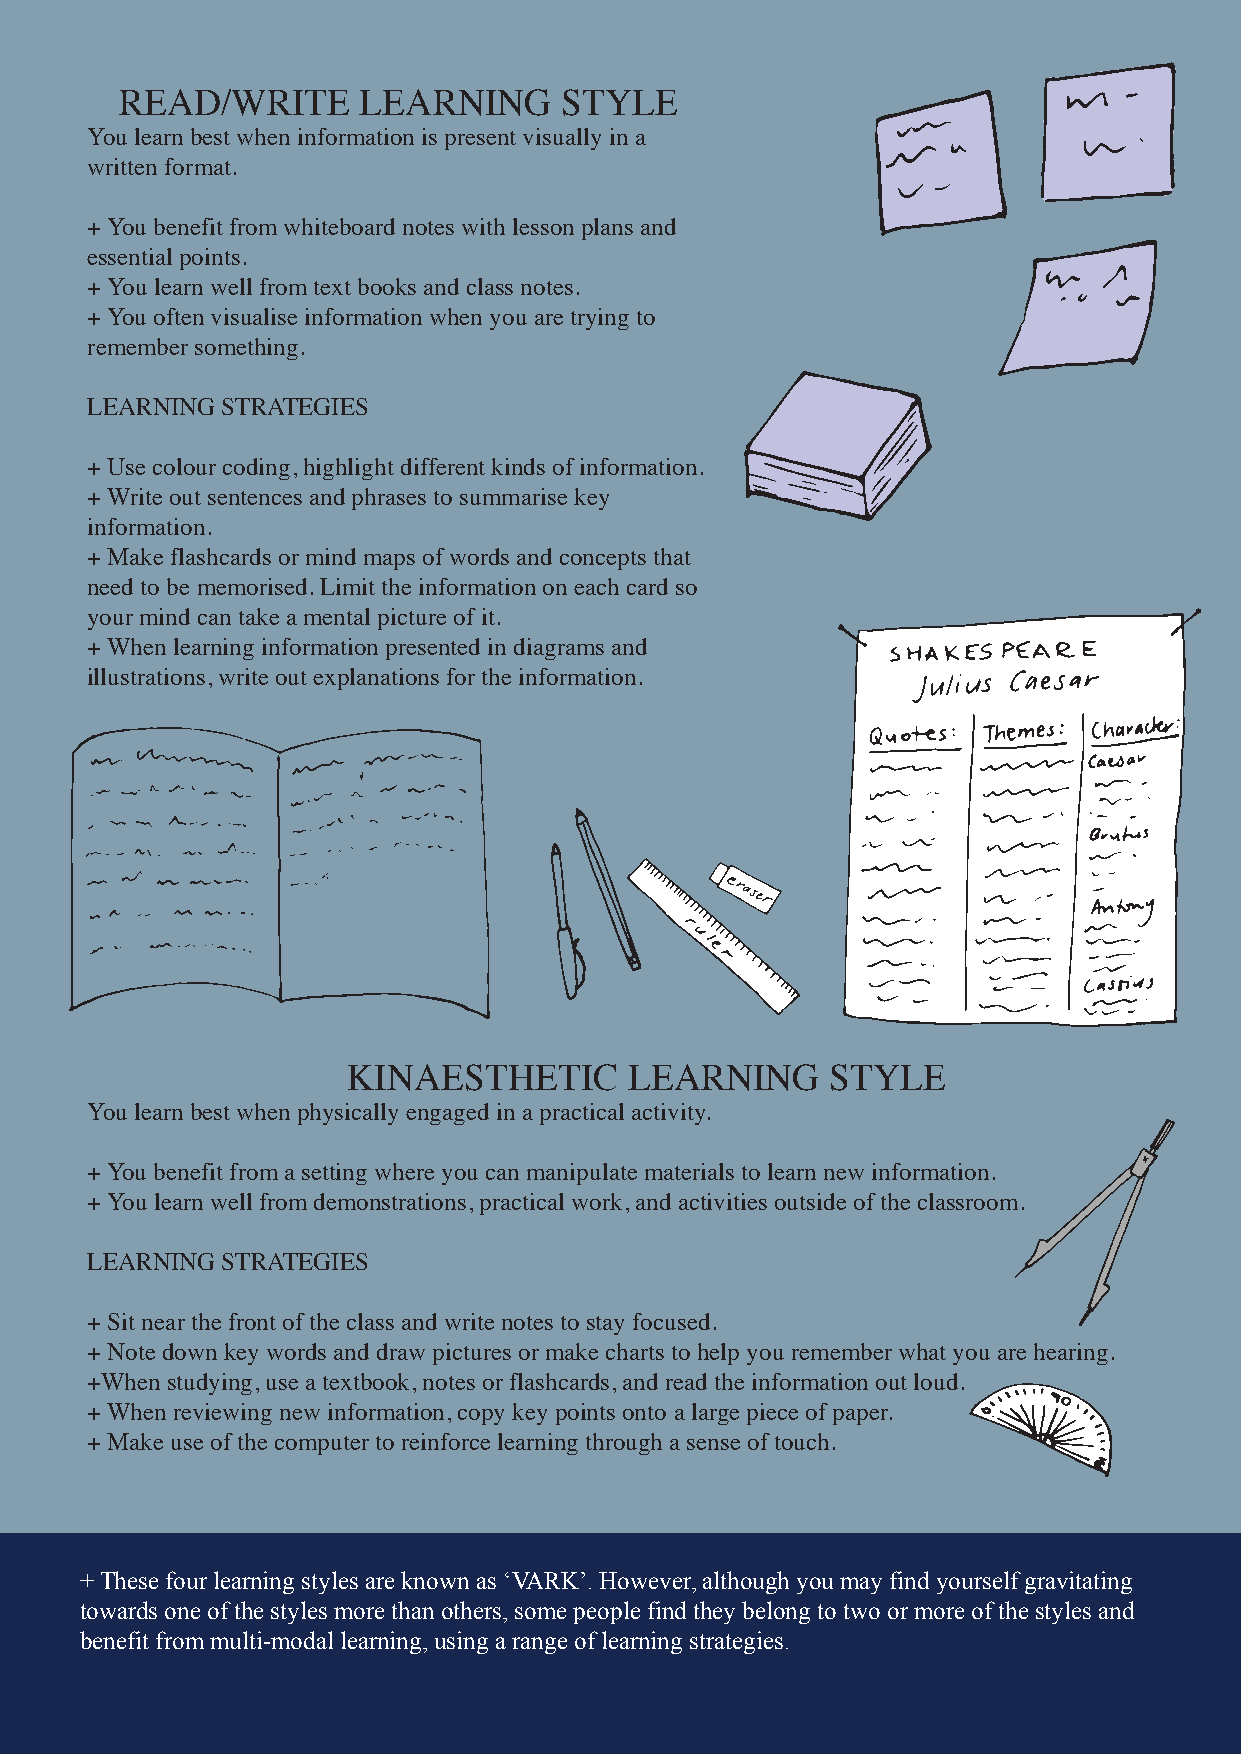
READ/WRITE      LEARNING     STYLE
 You learn best when information is present visually in a
 written format.
 + You benefit from whiteboard notes with lesson plans and
 essential points.
 + You learn well from text books and class notes.
 + You often visualise information when you are trying to
 remember something.
 LEARNING STRATEGIES
 + Use colour coding, highlight different kinds of information.
 + Write out sentences and phrases to summarise key
 information.
 + Make flashcards or mind maps of words and concepts that
 need to be memorised. Limit the information on each card so
 your mind can take a mental picture of it.
 + When learning information presented in diagrams and
 illustrations, write out explanations for the information.
 KINAESTHETIC       LEARNING     STYLE
 You learn best when physically engaged in a practical activity.
 + You benefit from a setting where you can manipulate materials to learn new information.
 + You learn well from demonstrations, practical work, and activities outside of the classroom.
 LEARNING STRATEGIES
 + Sit near the front of the class and write notes to stay focused.
 + Note down key words and draw pictures or make charts to help you remember what you are hearing.
 +When studying, use a textbook, notes or flashcards, and read the information out loud.
 + When reviewing new information, copy key points onto a large piece of paper.
 + Make use of the computer to reinforce learning through a sense of touch.
 + These four learning styles are known as ‘VARK’. However, although you may find yourself gravitating
 towards one of the styles more than others, some people find they belong to two or more of the styles and
 benefit from multi-modal learning, using a range of learning strategies.